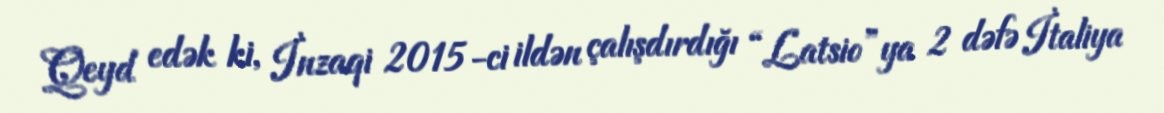
Qeyd edək ki, İnzaqi 2015-ci ildən çalışdırdığı “Latsio”ya 2 dəfə İtaliya